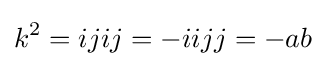
k^{2}=ijij=-iijj=-ab